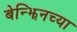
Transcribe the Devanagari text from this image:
बेन्झिनच्या